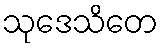
သုဒေသိတေ